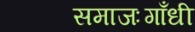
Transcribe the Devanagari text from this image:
समाजःगाँधी